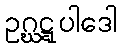
ဥဂ္ဃဋ္ဋပါဒေါ